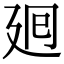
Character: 𢌞